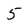
Character: 5